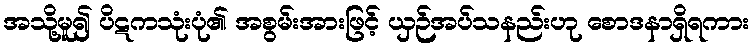
အသို့မူ၍ ပိဋကသုံးပုံ၏ အစွမ်းအားဖြင့် ယှဉ်အပ်သနည်းဟု စောဒနာရှိရကား